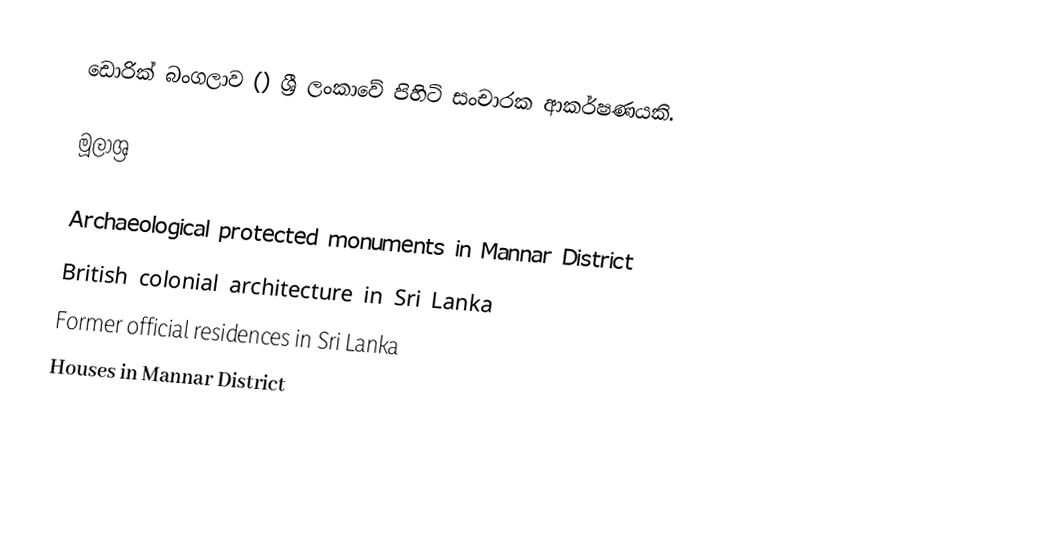
ඩොරික් බංගලාව () ශ්‍රී ලංකාවේ පිහිටි සංචාරක ආකර්ෂණයකි.

මූලාශ්‍ර

Archaeological protected monuments in Mannar District
British colonial architecture in Sri Lanka
Former official residences in Sri Lanka
Houses in Mannar District